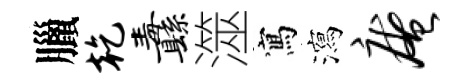
臘乾纛澨寫瀉庵